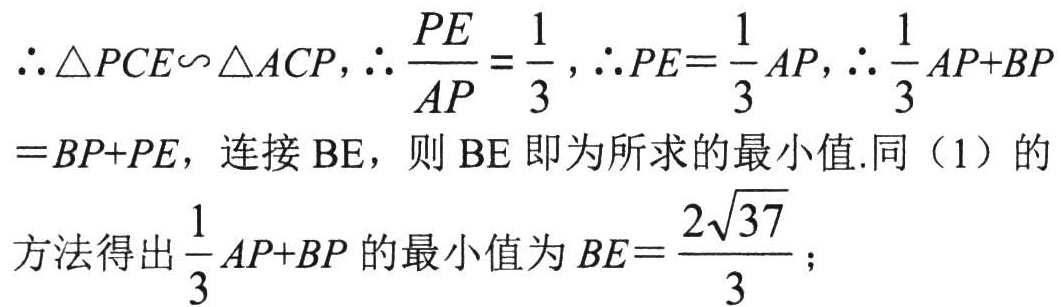
$\therefore \triangle PCE\backsim\triangle ACP,\therefore \frac{PE}{AP}=\frac{1}{3},\therefore PE = \frac{1}{3}AP,\therefore \frac{1}{3}AP + BP$
$=BP + PE$，连接$\text{BE}$，则$\text{BE}$即为所求的最小值.同（1）的
方法得出$\frac{1}{3}AP + BP$的最小值为$BE=\frac{2\sqrt{37}}{3}$；